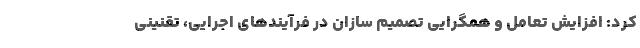
کرد: افزایش تعامل و همگرایی تصمیم سازان در فرآیندهای اجرایی، تقنینی